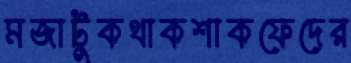
মজাটুকথাকশাকফেদের